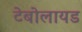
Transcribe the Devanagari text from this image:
टेबोलायड